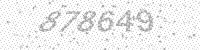
Solution: 878649